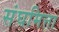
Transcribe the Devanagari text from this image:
संघमित्ता